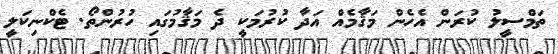
ތަމްސީލު ކުރަން އެހެން މަޤާމެއް އަދާ ކުރުމަކީ ދެ މަޤާމުގައި ހުރުންތޯ. ޓެކްނިކަލީ